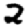
Digit: 2